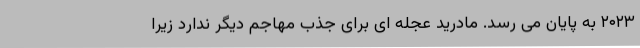
۲۰۲۳ به پایان می رسد. مادرید عجله ای برای جذب مهاجم دیگر ندارد زیرا